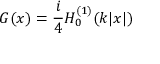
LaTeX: G ( x ) = { \frac { i } { 4 } } H _ { 0 } ^ { ( 1 ) } ( k | x | )